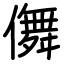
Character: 儛